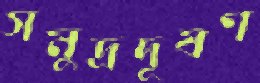
সমুদ্রদূষণ